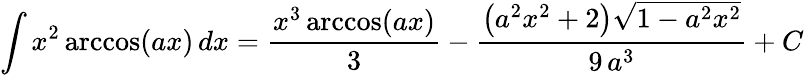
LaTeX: \int x^{2}\operatorname{arccos}(ax)\, dx={\frac{x^{3}\operatorname{arccos}(ax)}{3}}-{\frac{\left(a^{2}x^{2}+2\right){\sqrt{1-a^{2}x^{2}}}}{9\, a^{3}}}+C